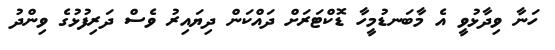
ހަނާ ވިދާޅުވީ އެ މާބަނޑުމީހާ ޑޮކްޓަރަށް ދައްކަން ދިޔައިރު ވެސް ދަރިފުޅުގެ ވިންދު